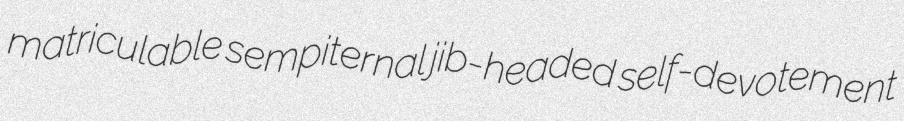
matriculable sempiternal jib-headed self-devotement